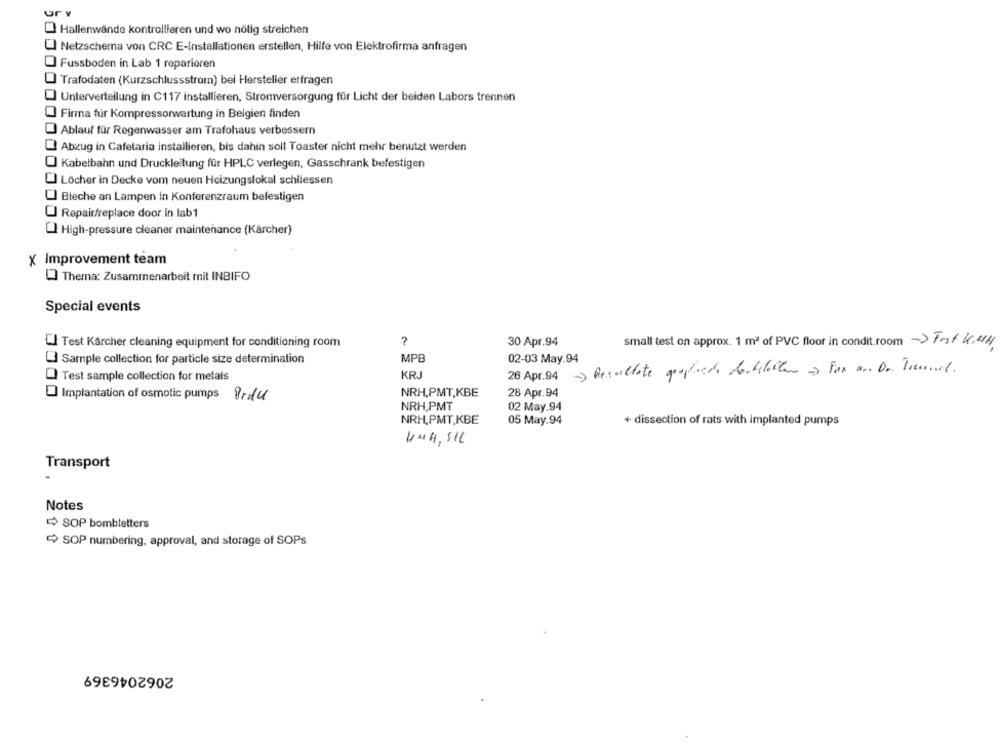
ur v
Hallenwände kontrollieren und wo nötig streichen
"] Netzschema von CRC E-Installationen erstellen, Hilfe von Elektrofirma anfragen
O Fussboden in Lab 1 reparieren
Trafodaten (Kurzschlussstrom) bei Hersteller erfragen
Unterverteilung in C117 installieren, Stromversorgung für Licht der beiden Labors trennen
Firma für Kompressorwartung in Belgien finden
Ablauf für Regenwasser am Trafohaus verbessern
Abzug in Cafetaria installieren, bis dahin soll Toaster nicht mehr benutzt werden
J Kabelbahn und Druckleitung für HPLC verlegen, Gasschrank befestigen
J Löcher in Decke vom neuen Heizungslokal schilessen
U Bleche an Lampen in Konferenzraum befestigen
U Repair/replace door in lab1
[] High-pressure cleaner maintenance (Kärcher)
X Improvement team
Thema: Zusammenarbeit mit INBIFO
Special events
Test Kärcher cleaning equipment for conditioning room
30 Apr.94
small test on approx. 1 m2 of PVC floor in condit room ->Fast KWH
MPB
Sample collection for particle size determination
02-03 May.94
28 Apr.94 ) Resultate graphics dontelbiler - Fax an Dr. Tremail.
Test sample collection for metals
KRJ
NRH.PMT,KBE
28 Apr.94
Implantation of osmotic pumps Prdu
NRH,PMT
02 May.94
NRH,PMT,KBE
05 May.94
+ dissection of rats with implanted pumps
444,516
Transport
Notes
SOP bombletters
SOP numbering, approval, and storage of SOPs
2062046369